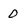
Character: 0